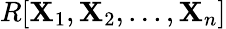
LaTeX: R[\mathbf{X}_{1},\mathbf{X}_{2},...,\mathbf{X}_{n}]